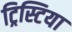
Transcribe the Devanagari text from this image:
ट्रिस्टिया